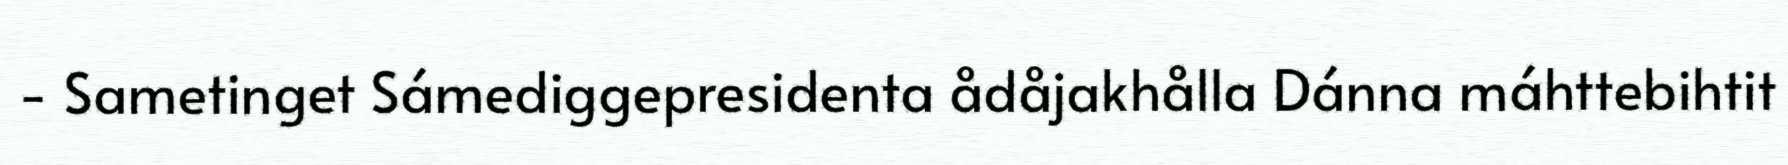
- Sametinget Sámediggepresidenta ådåjakhålla Dánna máhttebihtit